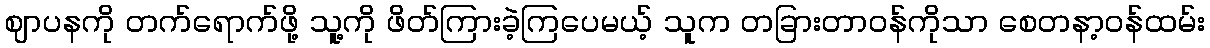
ဈာပနကို တက်ရောက်ဖို့ သူ့ကို ဖိတ်ကြားခဲ့ကြပေမယ့် သူက တခြားတာဝန်ကိုသာ စေတနာ့ဝန်ထမ်း